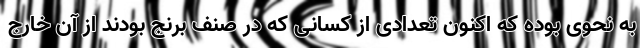
به نحوی بوده که اکنون تعدادی از کسانی که در صنف برنج بودند از آن خارج